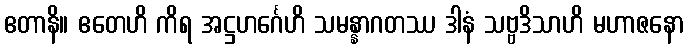
ဧတာနိ။ ဧတေဟိ ကိရ အဋ္ဌဟင်္ဂေဟိ သမန္နာဂတဿ ဒါနံ သဗ္ဗဒိသာဟိ မဟာဇနော